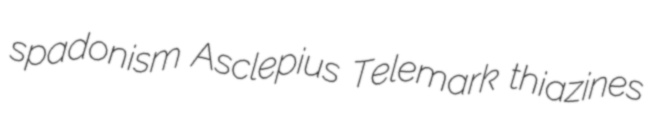
spadonism Asclepius Telemark thiazines